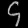
Digit: ၄